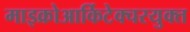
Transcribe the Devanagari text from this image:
माइक्रोआर्किटेक्चरयुक्त